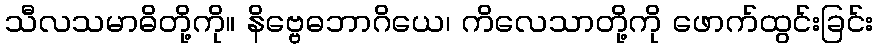
သီလသမာဓိတို့ကို။ နိဗ္ဗေဓဘာဂိယေ၊ ကိလေသာတို့ကို ဖောက်ထွင်းခြင်း